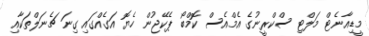
މީޑިއާނެޓް މަލްޓި ސްކްރީނުގެ އެމްއެސް ކޮމްބޯ ޕެކޭޖުން ހެޔޮ އަގެއްގައި ގިނަ ޗެނަލްތަކާއި